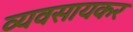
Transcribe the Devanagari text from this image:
व्यवसायकर